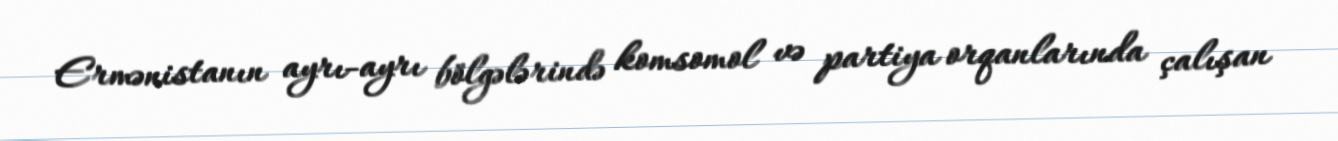
Ermənistanın ayrı-ayrı bölgələrində komsomol və partiya orqanlarında çalışan